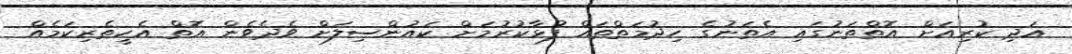
އަދި ކުރިއަށް އޮތްތަނުގައި އެތަނުގެ ހިދުމަތްތައް ފުޅާކުރުމަށް ކައުންސިލަށް ވެދެވެން އޮތް އެހީތެރިކަމެއް